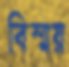
বিস্ময়